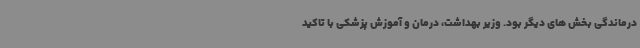
درماندگی بخش های دیگر بود. وزیر بهداشت، درمان و آموزش پزشکی با تاکید